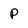
Character: P